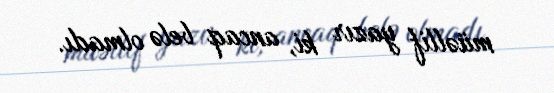
müəllif yazır ki, ancaq belə olmadı.